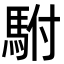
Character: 駙